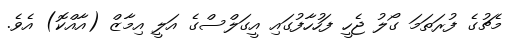
މެޗުގެ ފުރަތަމަ ގޯލު ޖެހީ ފަހުހާފުގައި އީގަލްސްގެ އަލީ އިމާޒް (އާއްކޮ) އެވެ.